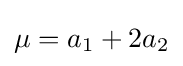
\mu =a_{1}+2a_{2}